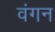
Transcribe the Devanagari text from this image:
वंगन